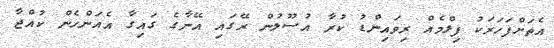
އެތަށްފަހަރަކު ފިލްމެއް ރިވައިންޑު ކުރާ އުސޫލުން ރޭގައި އޭނާގެ ގައިގާ އެއަންހެން ކުއްޖާ